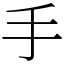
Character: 手